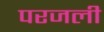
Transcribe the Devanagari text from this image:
परजली